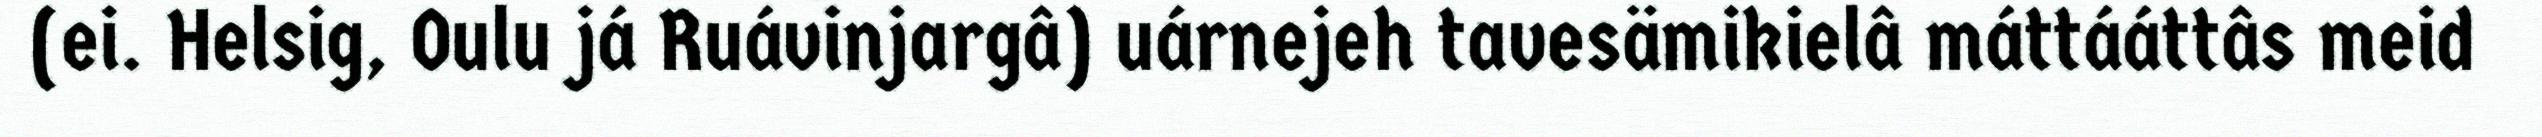
(ei. Helsig, Oulu já Ruávinjargâ) uárnejeh tavesämikielâ máttááttâs meid